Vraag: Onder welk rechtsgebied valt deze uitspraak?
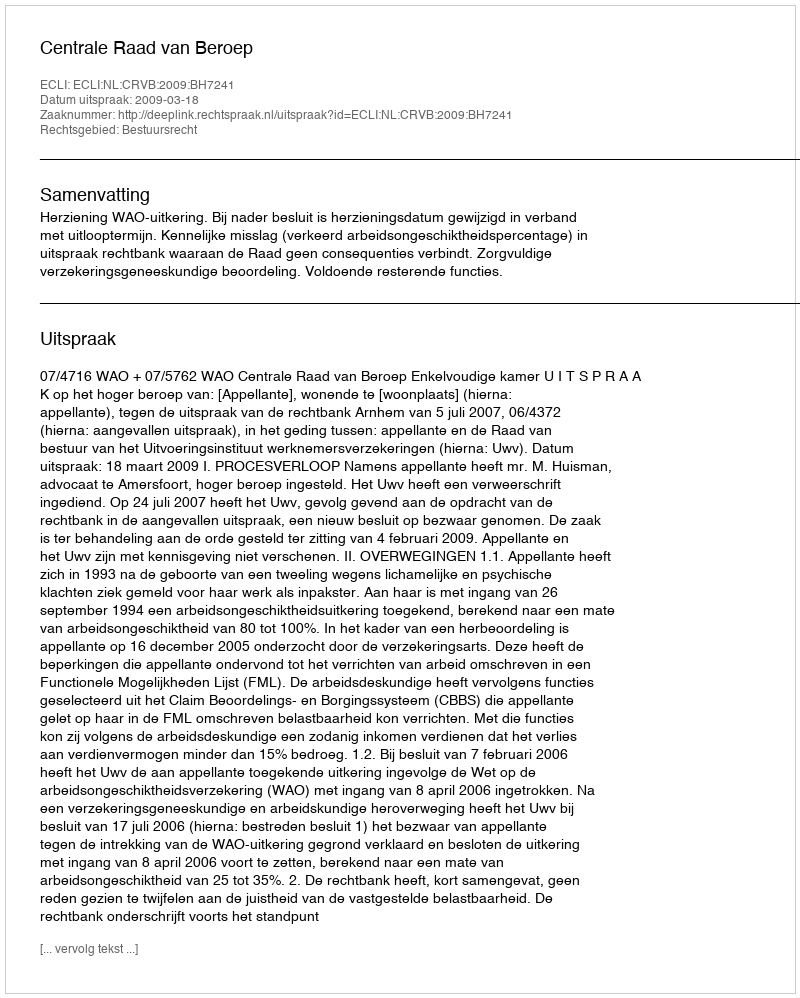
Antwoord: Bestuursrecht